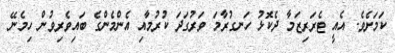
ކަމަށެވެ. އެއީ ޓެރަރިޒަމާ ދެކޮޅު ހަނގުރާމަ ވަރުގަދަ ކުރުމާއި އެންމެންގެ ބައިވެރިވުން ހިމެނޭ